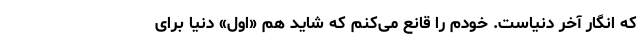
که انگار آخر دنیاست. خودم را قانع می‌کنم که شاید هم «اول» دنیا برای